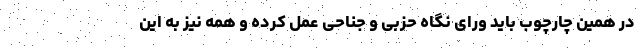
در همین چارچوب باید ورای نگاه حزبی و جناحی عمل کرده و همه نیز به این